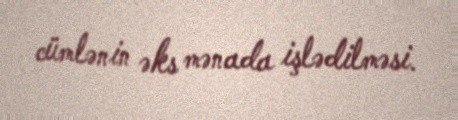
cümlənin əks mənada işlədilməsi.